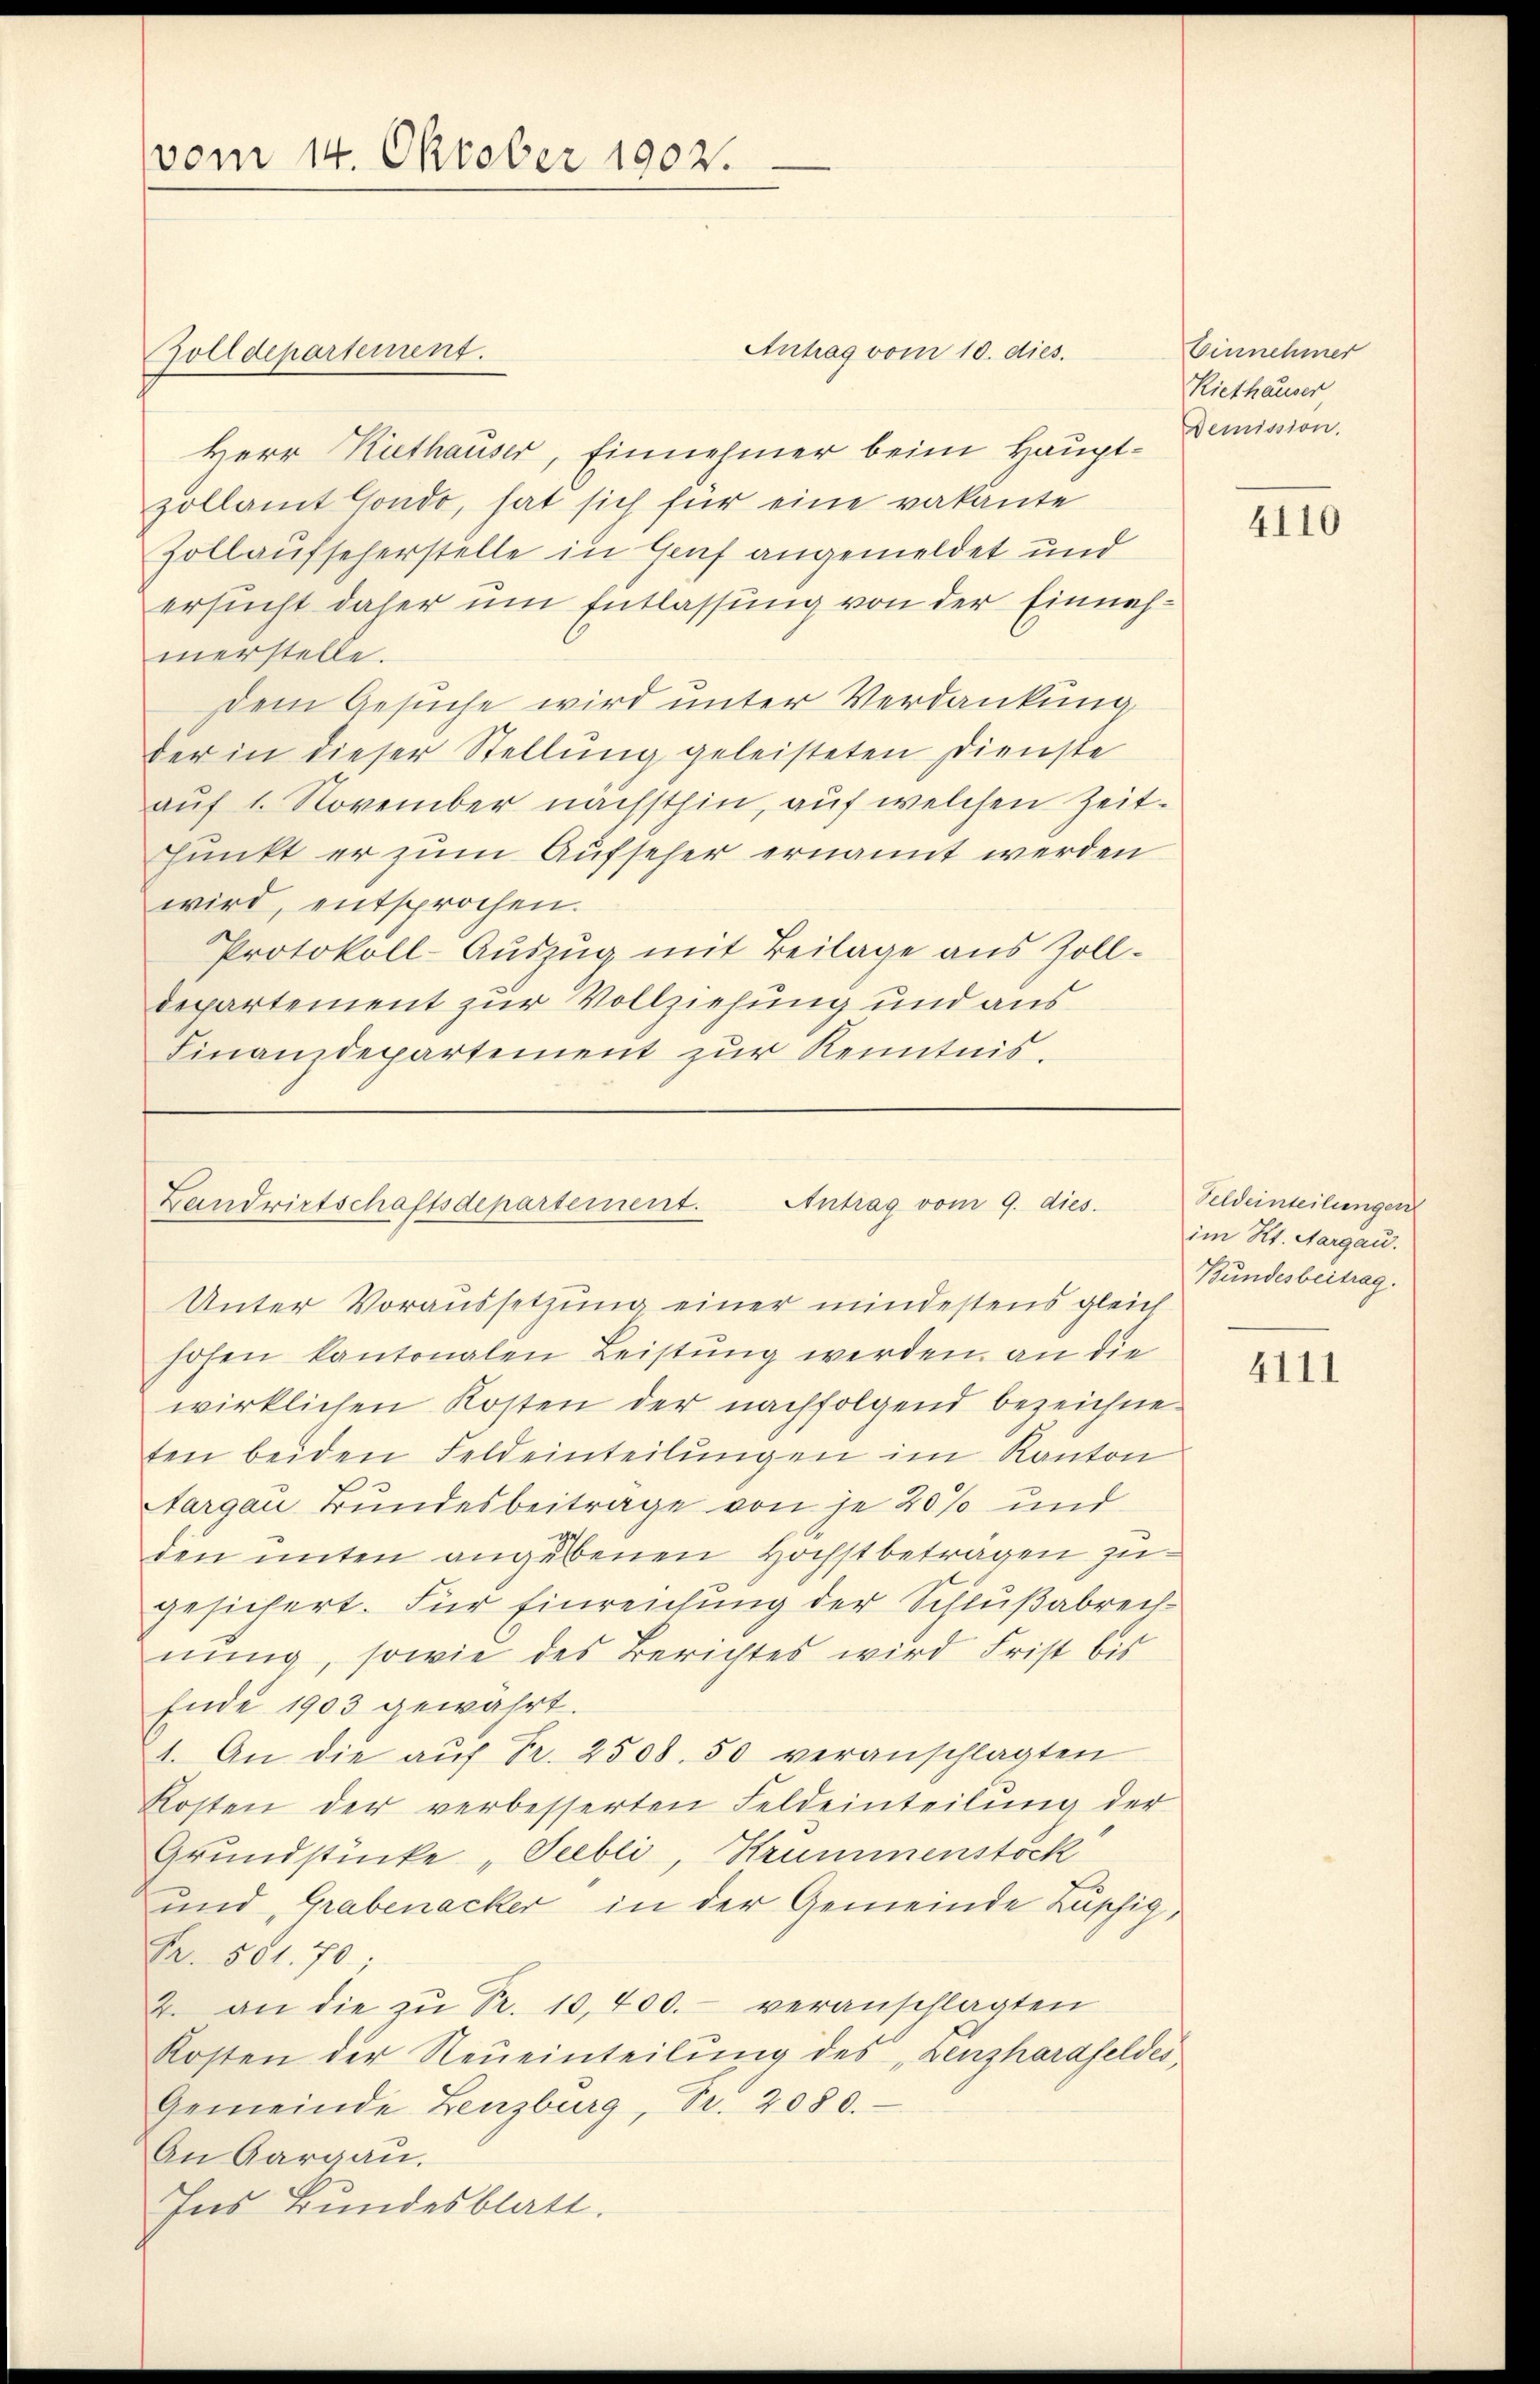
vom 14. Oktober 1902.

Golldepartement.

Herr Kathauser, Einnehmer beim Haupt-Demission.
zollamt Condo, hat sich für eine vakante
Zollaufseherstelle in Genf angemeldet und
ersucht daher um Entlassung von der Einnahmerstelle.
Dem Gesuche wird unter Verdankung
der in dieser Stellung geleisteten Dienste
auf 1. November nächsthin, auf welchen Zeitunkt er zum Aufseher ernannt werden
wird, entsprochen.
Protokoll-Auszug mit Beilage aus Zolldepartement zur Vollziehung und aus
Finanzdepartement zur Kenntnis.

Antrag vom 10. dies.

Antrag vom 9. dies
Landwirtschaftsdepartement.
Unter Voraussetzung einer mindestens gleich

Einnehmer
Riethäuser

hofen kantonalen Leistung werden, an die
wirklichen Kosten der nachfolgend bezeichneten beiden Feldeinteilungen im Kanton
Targau Bundesbeiträge von je 20% und
den unten angebenen Hochstbetragen zu
gesichert. Für Einreichung der Schlußabrechnŭng, sowie des Berichtes wird Frist bis
Ende 1903 gewährt.
1. An die aŭf Fr. 2508. 50 veranschlagten
Kosten der verbesserten Feldeinteilung der
Grundstücke „Seebli, Krummenstöck
und, Grabenacker in der Gemeinde Zuschig¬
Fr. 501. 70;
2. an die zŭ Fr. 10,400.- veranschlagten
Kosten der Neueinteilung des „Lenzharafeldes
Gemeinde Lenzburg, Pr. 2080.
An Aargau.
Ins Bundesblatt.

4110

Feldeinteilungen
im Kt. Aargau.
Bundesbeitrag.

4111